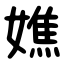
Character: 嫶